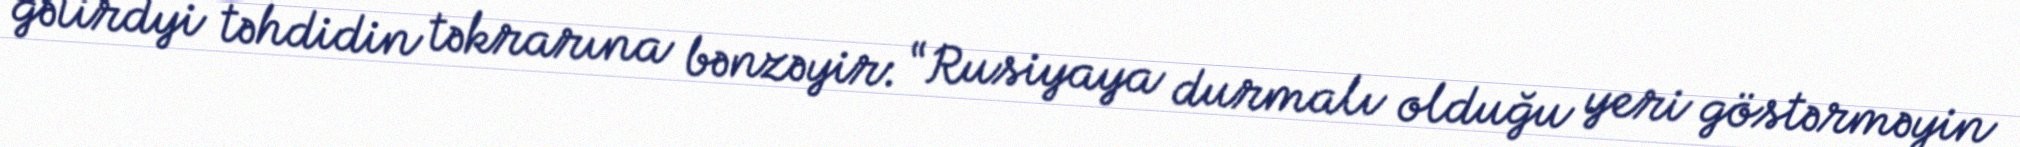
gətirdyi təhdidin təkrarına bənzəyir: “Rusiyaya durmalı olduğu yeri göstərməyin